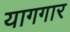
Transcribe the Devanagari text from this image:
यागगार